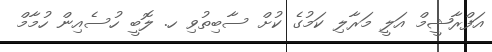
އަފްރާޝީމް އަލީ މަރާލި ކަމުގެ ކުށް ސާބިތުވި ހ. ލޮބީ ހުސެއިން ހުމާމް